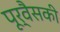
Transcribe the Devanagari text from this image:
पूर्वैसकी